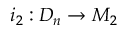
i _ { 2 } : D _ { n } \rightarrow M _ { 2 }